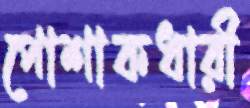
পোশাকধারী